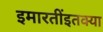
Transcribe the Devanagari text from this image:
इमारतींइतक्या